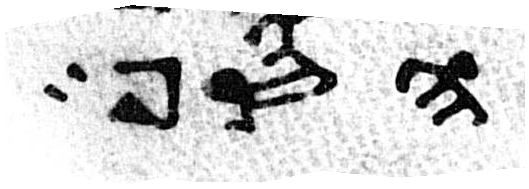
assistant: הסף